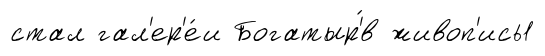
стал гал'ер'е́и Богатыр'́в живоп'ись1